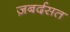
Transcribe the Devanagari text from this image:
ज़बर्दसत